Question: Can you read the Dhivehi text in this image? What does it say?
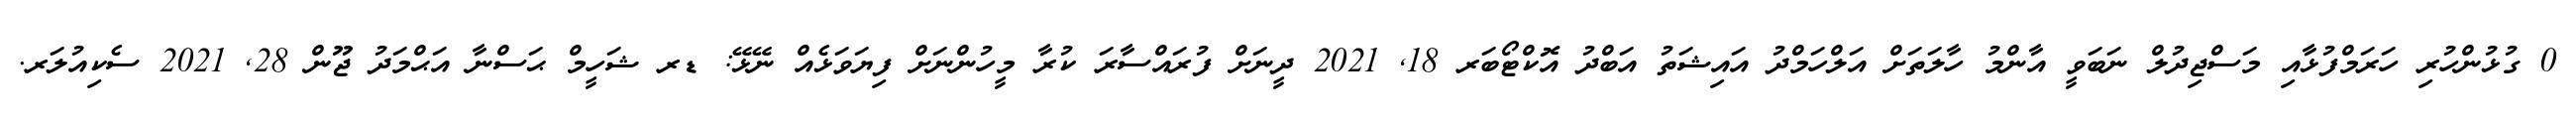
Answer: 0 ގުޅުންހުރި ހަރަމްފުޅާއި މަސްޖިދުލް ނަބަވީ އާންމު ހާލަތަށް އަލްހަމްދު އައިޝަތު އަބްދު އޮކްޓޯބަރ 18, 2021 ދީނަށް ފުރައްސާރަ ކުރާ މީހުންނަށް ފިޔަވަޅެއް ނޭޅޭ: ޑރ ޝަހީމް ޙަސްނާ އަޙްމަދު ޖޫން 28, 2021 ސެކިއުލަރ.